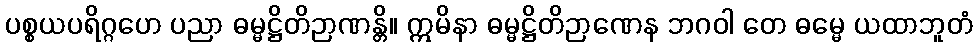
ပစ္စယပရိဂ္ဂဟေ ပညာ ဓမ္မဋ္ဌိတိဉာဏန္တိ။ ဣမိနာ ဓမ္မဋ္ဌိတိဉာဏေန ဘဂဝါ တေ ဓမ္မေ ယထာဘူတံ